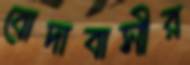
বোদাবাসীর